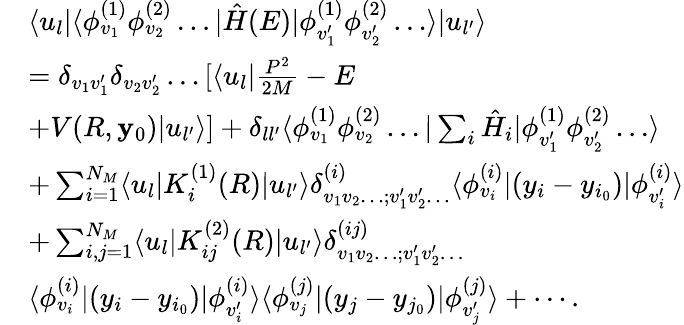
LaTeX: \begin{array}{rl}&{\langle u_{l}|\langle\phi_{v_{1}}^{(1)}\phi_{v_{2}}^{(2)}\ldots|\hat{H}(E)|\phi_{v_{1}^{\prime}}^{(1)}\phi_{v_{2}^{\prime}}^{(2)}\ldots\rangle|u_{l^{\prime}}\rangle}\\ &{=\delta_{v_{1}v_{1}^{\prime}}\delta_{v_{2}v_{2}^{\prime}}\ldots[\langle u_{l}|\frac{P^{2}}{2M}-E}\\ &{+V(R,\mathbf{y}_{0})|u_{l^{\prime}}\rangle]+\delta_{ll^{\prime}}\langle\phi_{v_{1}}^{(1)}\phi_{v_{2}}^{(2)}\ldots|\sum_{i}\hat{H}_{i}|\phi_{v_{1}^{\prime}}^{(1)}\phi_{v_{2}^{\prime}}^{(2)}\ldots\rangle}\\ &{+\sum_{i=1}^{N_{M}}\langle u_{l}|K_{i}^{(1)}({R})|u_{l^{\prime}}\rangle\delta_{v_{1}v_{2}\ldots;v_{1}^{\prime}v_{2}^{\prime}\ldots}^{(i)}\langle\phi_{v_{i}}^{(i)}|(y_{i}-y_{i_{0}})|\phi_{v_{i}^{\prime}}^{(i)}\rangle}\\ &{+\sum_{i,j=1}^{N_{M}}\langle u_{l}|K_{ij}^{(2)}(R)|u_{l^{\prime}}\rangle\delta_{v_{1}v_{2}\ldots;v_{1}^{\prime}v_{2}^{\prime}\ldots}^{(ij)}}\\ &{\langle\phi_{v_{i}}^{(i)}|(y_{i}-y_{i_{0}})|\phi_{v_{i}^{\prime}}^{(i)}\rangle\langle\phi_{v_{j}}^{(j)}|(y_{j}-y_{j_{0}})|\phi_{v_{j}^{\prime}}^{(j)}\rangle+\cdots.}\end{array}